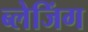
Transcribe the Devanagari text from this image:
ब्लेजिंग